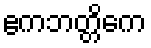
ဧကဘတ္တိကေ